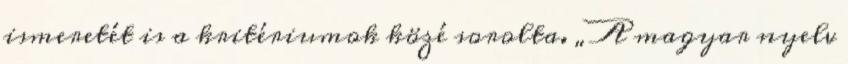
ismeretét is a kritériumok közé sorolta. „A magyar nyelv